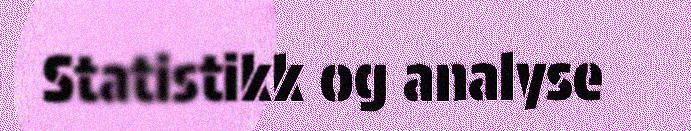
Statistikk og analyse